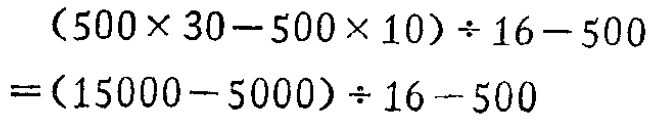
\[(500\times 30 - 500\times 10)\div 16 - 500=(15000 - 5000)\div 16 - 500\]